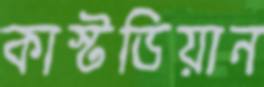
কাস্টডিয়ান